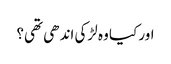
اور کیا وہ لڑکی اندھی تھی؟